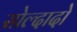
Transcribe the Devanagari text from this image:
सोल्दादो